Leaving Certificate Examination, 1911
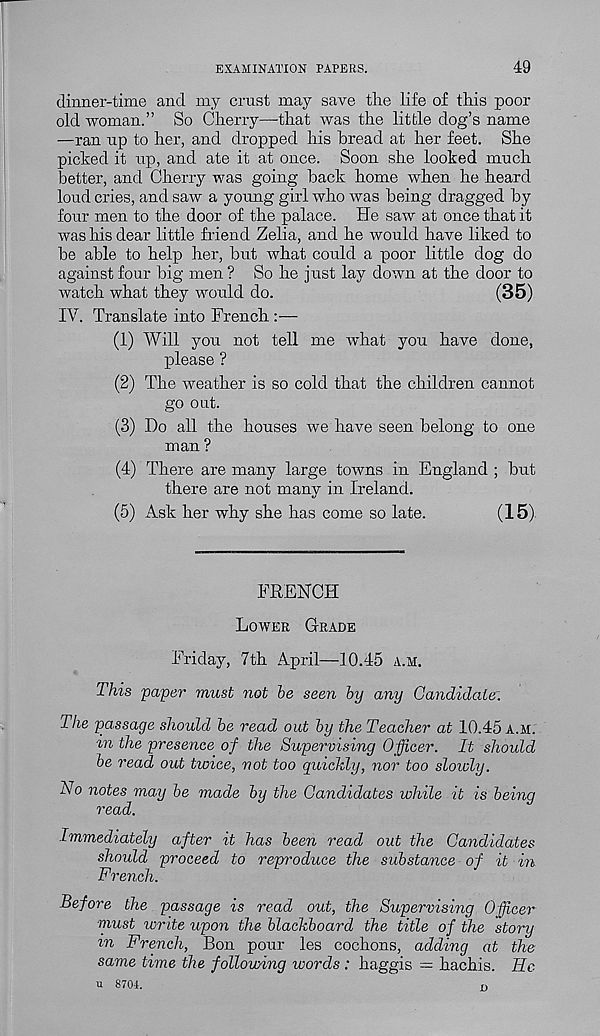
EXAMINATION PAPERS.
49
dinner-time and my crust may save tlie life of tins poor
old woman.” So Cherry—-that was the little dog’s name
—ran up to her, and dropped his bread at her feet. She
picked it up, and ate it at once. Soon she looked much
better, and Cherry was going back home when he heard
loud cries, and saw a young girl who was being dragged by
four men to the door of the palace. He saw at once that it
was his dear little friend Zelia, and he would have liked to
be able to help her, but what could a poor little dog do
against four big men ? So he just lay down at the door to
watch what they would do.
(35)
IV. Translate into French :—
(1) Will you not tell me what you have done,
please ?
(2) The weather is so cold that the children cannot
go out.
(3) Do all the houses we have seen belong to one
man ?
(4) There are many large towns in England ; but
there are not many in Ireland.
(5) Ask her why she has come so late.
(15)
FRENCH
Lower Grade
Friday, 7th April—10.45 a.m.
This pa-per must not be seen by any Candidate'.
The passage should be read out by the Teacher at 10.45 a.m.
in the presence of the Supervising Officer. It should
be read out twice, not too quickly, nor too slowly.
No notes may be made by the Candidates while it is being
read.
Immediately after it has been read out the Candidates
should proceed to reproduce the substance of it in-
French.
Before the passage is read out, the Supervising Officer
must write upon the blackboard the title of the story
in French, Bon pour les cochons, adding at the
same time the following words: haggis = hachis. He
u 8704.
D